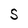
Character: S